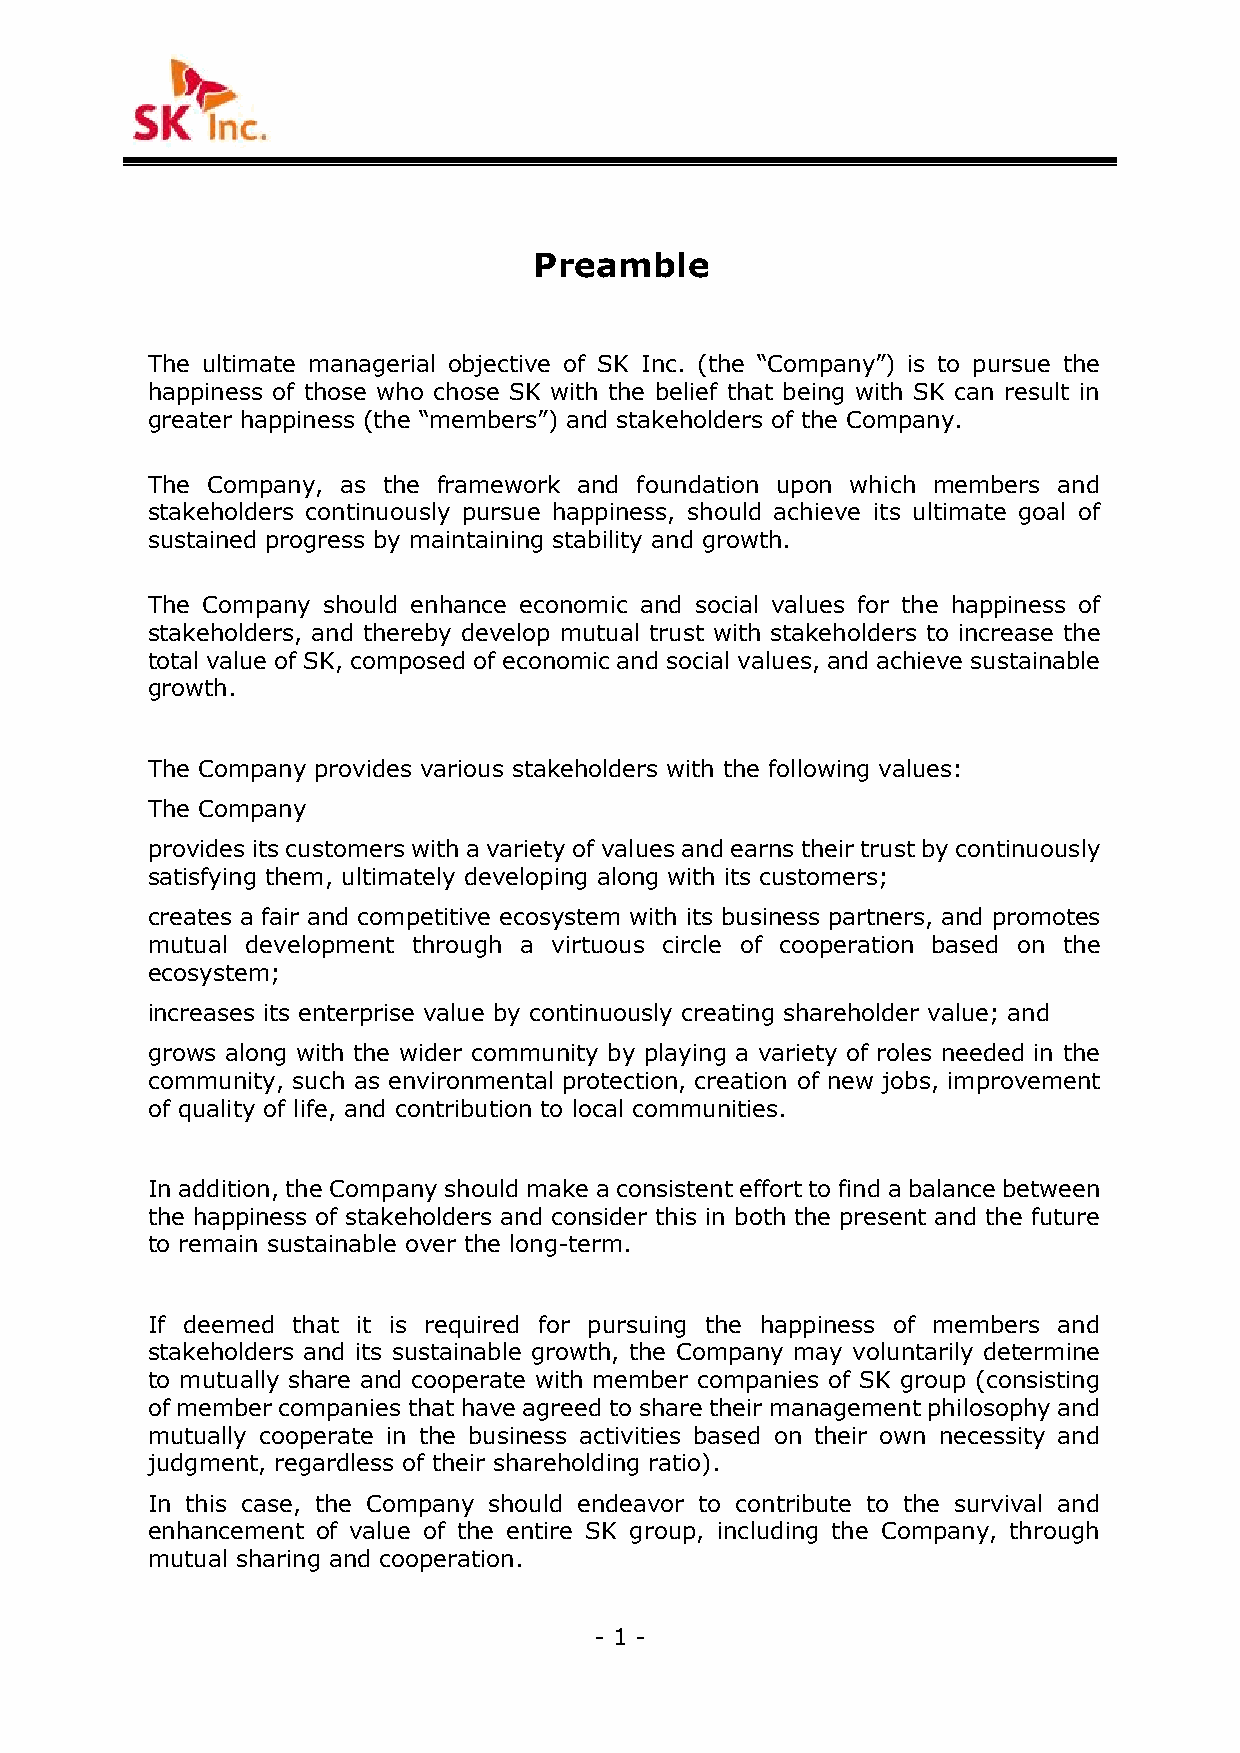
Preamble
 The ultimate managerial objective of SK Inc. (the “Company”) is to pursue the
 happiness of those who chose SK with the belief that being with SK can result in
 greater happiness (the “members”) and stakeholders of the Company.
 The Company, as the framework and foundation upon which members and
 stakeholders continuously pursue happiness, should achieve its ultimate goal of
 sustained progress by maintaining stability and growth.
 The Company should enhance economic and social values for the happiness of
 stakeholders, and thereby develop mutual trust with stakeholders to increase the
 total value of SK, composed of economic and social values, and achieve sustainable
 growth.
 The Company provides various stakeholders with the following values:
 The Company
 provides its customers with a variety of values and earns their trust by continuously
 satisfying them, ultimately developing along with its customers;
 creates a fair and competitive ecosystem with its business partners, and promotes
 mutual development through a virtuous circle of cooperation based on the
 ecosystem;
 increases its enterprise value by continuously creating shareholder value; and
 grows along with the wider community by playing a variety of roles needed in the
 community, such as environmental protection, creation of new jobs, improvement
 of quality of life, and contribution to local communities.
 In addition, the Company should make a consistent effort to find a balance between
 the happiness of stakeholders and consider this in both the present and the future
 to remain sustainable over the long-term.
 If deemed that it is required for pursuing the happiness of members and
 stakeholders and its sustainable growth, the Company may voluntarily determine
 to mutually share and cooperate with member companies of SK group (consisting
 of member companies that have agreed to share their management philosophy and
 mutually cooperate in the business activities based on their own necessity and
 judgment, regardless of their shareholding ratio).
 In this case, the Company should endeavor to contribute to the survival and
 enhancement of value of the entire SK group, including the Company, through
 mutual sharing and cooperation.
 - 1 -